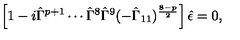
\left[ 1 - i \hat { \Gamma } ^ { p + 1 } \cdots \hat { \Gamma } ^ { 8 } \hat { \Gamma } ^ { 9 } ( - \hat { \Gamma } _ { 1 1 } ) ^ { \frac { 8 - p } { 2 } } \right] \hat { \epsilon } = 0 ,